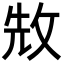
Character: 㪇